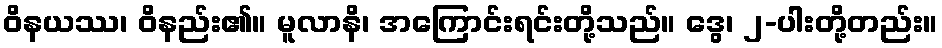
ဝိနယဿ၊ ဝိနည်း၏။ မူလာနိ၊ အကြောင်းရင်းတို့သည်။ ဒွေ၊ ၂-ပါးတို့တည်း။